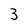
Character: 3